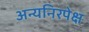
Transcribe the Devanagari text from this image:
अन्यनिरपेक्ष